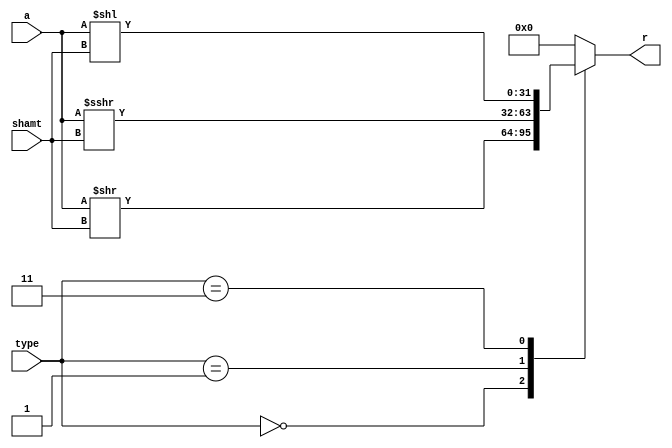
/*******************************************************************
*
* Module: shifter.v
*
**********************************************************************/
`timescale 1ns / 1ps

module shifter (
    input wire [31:0]   a,
    input wire [4:0]    shamt,
    input wire [1:0]    type,
    output reg [31:0]   r
);
    always @(*) begin
        case(type)
            2'b00: r = a >> shamt;
            2'b01: r = a >>> shamt;
            2'b11: r = a << shamt;   
            default: r = 0;  
       endcase
    end
endmodule